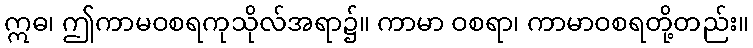
ဣဓ၊ ဤကာမဝစရကုသိုလ်အရာ၌။ ကာမာ ဝစရာ၊ ကာမာဝစရတို့တည်း။